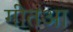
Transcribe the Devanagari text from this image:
गीतआ